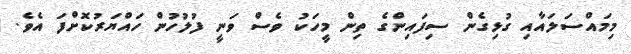
މިމައްސަލައާއި ގުޅިގެން ސިފައިންގެ ތިން މީހަކު ވެސް ވަނީ ފުލުހުން ހައްޔަރުކޮށްފަ އެވެ.